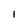
Character: i